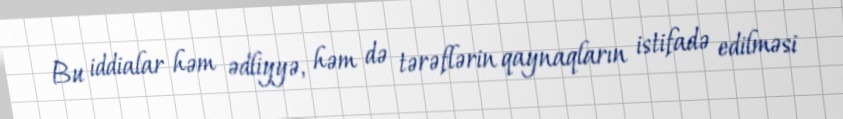
Bu iddialar həm ədliyyə, həm də tərəflərin qaynaqların istifadə edilməsi